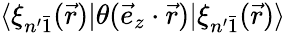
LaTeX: \langle\xi_{n^{\prime}\bar{1}}(\vec{r})|\theta(\vec{e}_{z}\cdot\vec{r})|\xi_{n^{\prime}\bar{1}}(\vec{r})\rangle